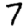
Digit: 7